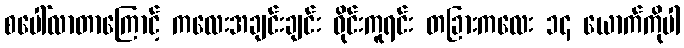
စပေါ်လာတာကြောင့် ကလေးအချင်းချင်း ဝိုင်းကူရင်း တခြားကလေး ၁၄ ယောက်ကိုပါ